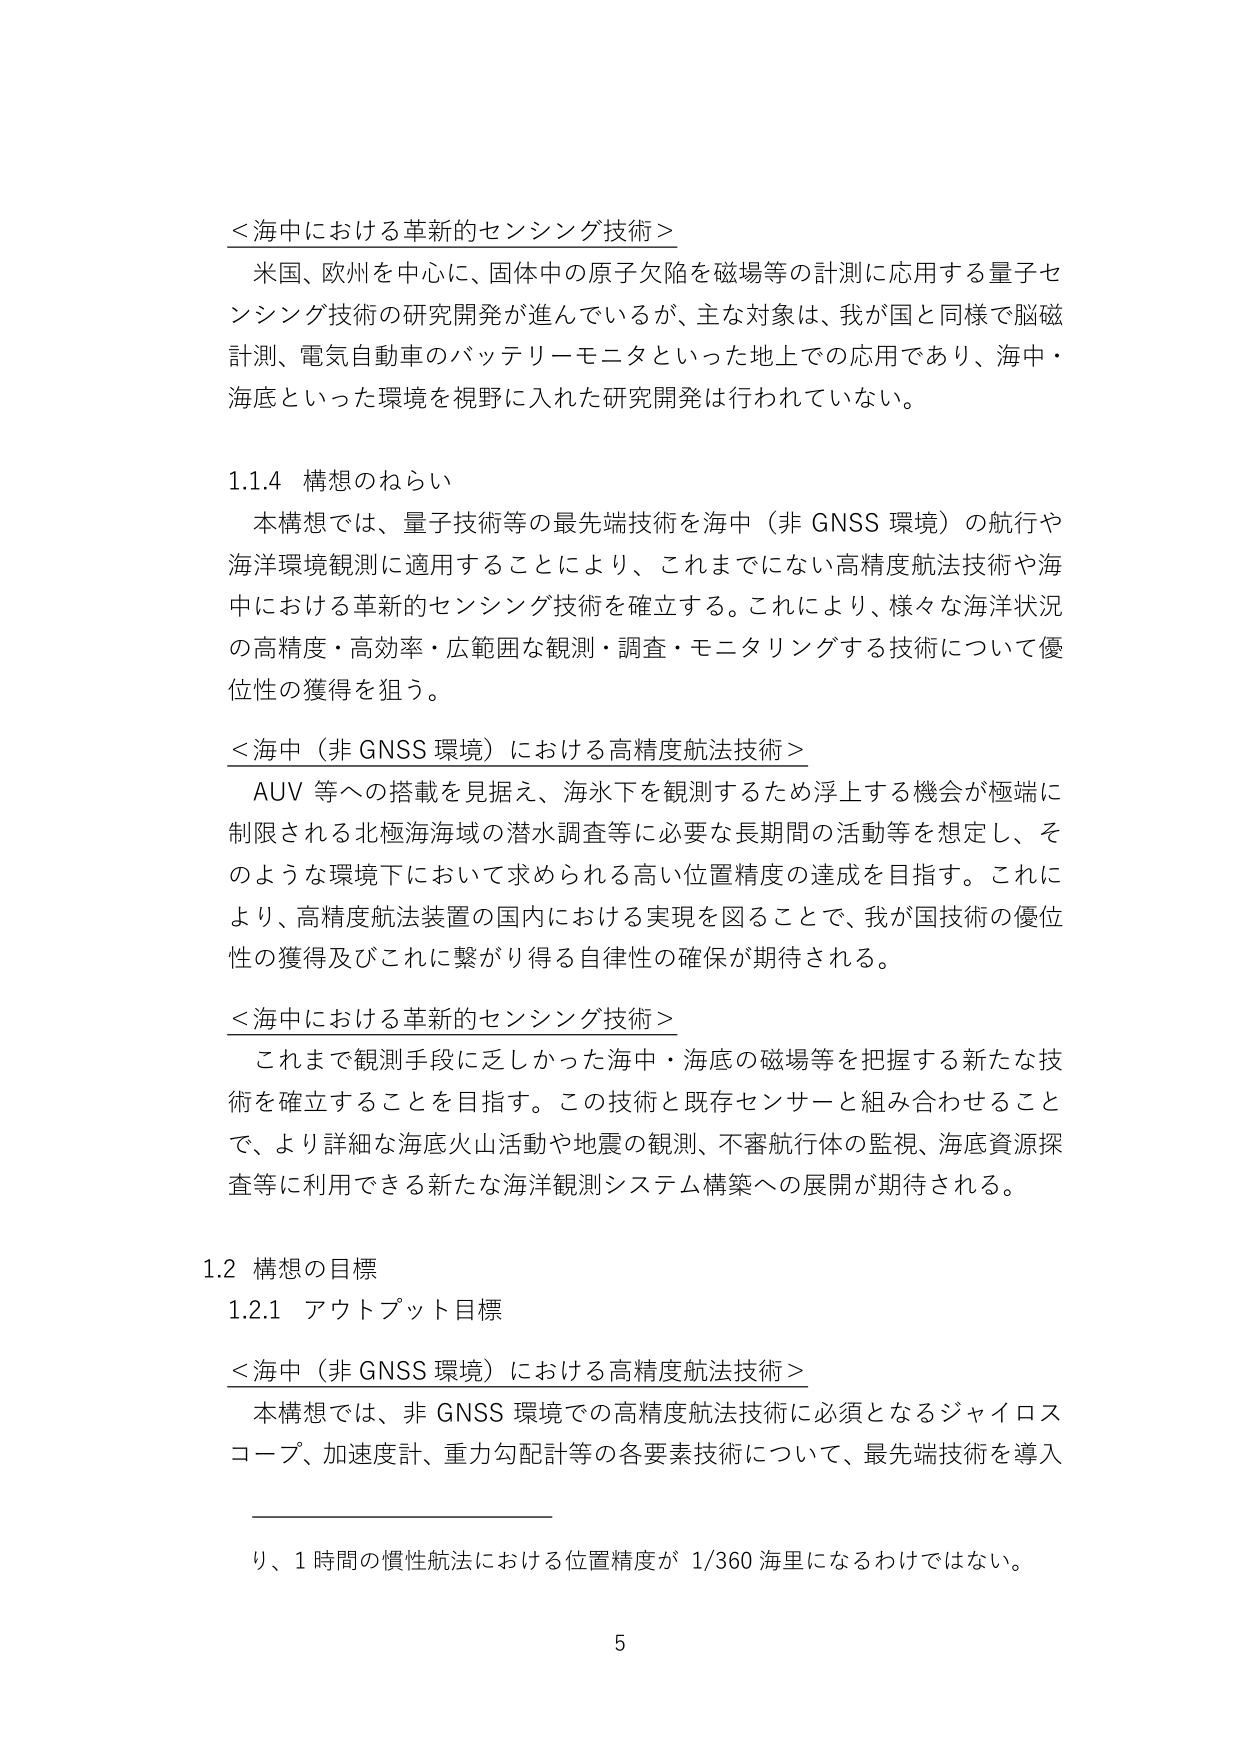
＜海中における革新的センシング技術＞
米国、欧州を中心に、固体中の原子欠陥を磁場等の計測に応用する量子センシング技術の研究開発が進んでいるが、主な対象は、我が国と同様で脳磁計測、電気自動車のバッテリーモニタといった地上での応用であり、海中・海底といった環境を視野に入れた研究開発は行われていない。

1.1.4 構想のねらい
本構想では、量子技術等の最先端技術を海中（非 GNSS 環境）の航行や海洋環境観測に適用することにより、これまでにない高精度航法技術や海中における革新的センシング技術を確立する。これにより、様々な海洋状況の高精度・高効率・広範囲な観測・調査・モニタリングする技術について優位性の獲得を狙う。

＜海中（非 GNSS 環境）における高精度航法技術＞
AUV 等への搭載を見据え、海水下を観測するため浮上する機会が極端に制限される北極海海域の潜水調査等に必要な長期間の活動等を想定し、そのような環境下において求められる高い位置精度の達成を目指す。これにより、高精度航法装置の国内における実現を図ることで、我が国技術の優位性の獲得及びこれに繋がり得る自律性の確保が期待される。

＜海中における革新的センシング技術＞
これまで観測手段に乏しかった海中・海底の磁場等を把握する新たな技術を確立することを目指す。この技術と既存センサーと組み合わせることで、より詳細な海底火山活動や地震の観測、不審航行体の監視、海底資源探査等に利用できる新たな海洋観測システム構築への展開が期待される。

1.2 構想の目標
1.2.1 アウトプット目標
＜海中（非 GNSS 環境）における高精度航法技術＞
本構想では、非 GNSS 環境での高精度航法技術に必須となるジャイロスコープ、加速度計、重力勾配計等の各要素技術について、最先端技術を導入
り、1 時間の慣性航法における位置精度が 1/360 海里になるわけではない。

5